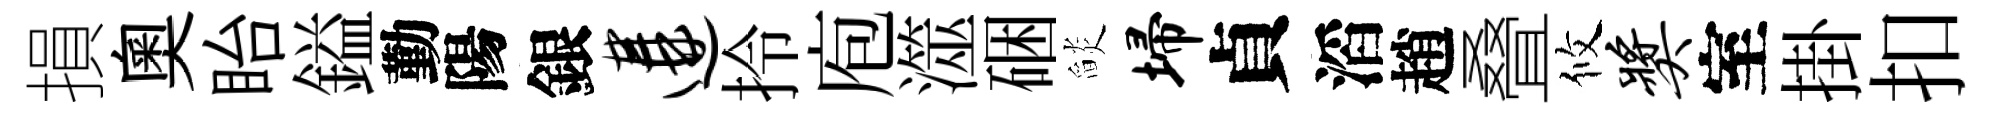
損奥眙鎰勤陽銀遘拎庖澨硱𦦨埽貞滔趙叠攸奖室掛扣